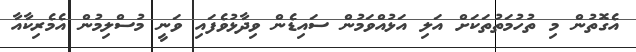
އެގޮތުން މި ތުހުމަތުތަކަށް އަލި އަޅުއްވަމުން ސައިޑެން ވިދާޅުވެފައި ވަނީ މުސްލިމުން އެމެރިކާއާ